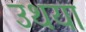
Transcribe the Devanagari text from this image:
उथया